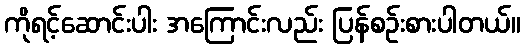
ကိုရင့်ဆောင်းပါး အကြောင်းလည်း ပြန်စဉ်းစားပါတယ်။